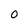
Character: 0